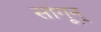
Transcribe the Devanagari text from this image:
सांगून्